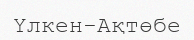
Үлкен-Ақтөбе